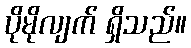
ပိုမိုလျက် ရှိသည်။